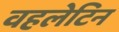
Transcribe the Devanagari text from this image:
वहलेटिन